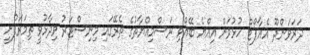
ދަރަވަންދޫ އެއާޕޯޓް ހުޅުވަން އިއްޔެ ބޭއްވި ރަސްމިއްޔާތުގެ ތެރޭގައި މިނިސްޓަރު ވިދާޅުވީ ތިމަރަފުށީ